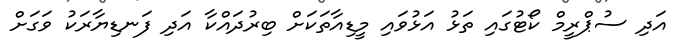
އަދި ސުޕްރީމް ކޯޓުގައި ތަޅު އަޅުވައި މީޑިއާތަކަށް ބިރުދައްކާ އަދި ފަނޑިޔާރަކު ވަގަށް